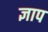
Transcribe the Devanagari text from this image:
ज्ञाप